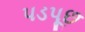
પડપૂછ